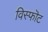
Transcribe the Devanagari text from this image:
विस्फॊट